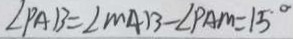
\angle P A B = \angle M A B - \angle P A M = 1 5 ^ { \circ }